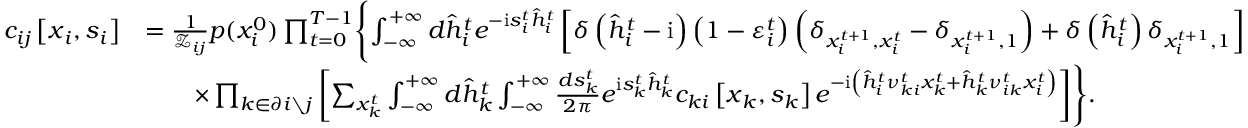
\begin{array} { r l } { c _ { i j } \left[ \boldsymbol { x } _ { i } , \boldsymbol { s } _ { i } \right] } & { = \frac { 1 } { \mathcal { Z } _ { i j } } p ( x _ { i } ^ { 0 } ) \prod _ { t = 0 } ^ { T - 1 } \Biggl \{ \int _ { - \infty } ^ { + \infty } d \hat { h } _ { i } ^ { t } e ^ { - \mathrm { i } s _ { i } ^ { t } \hat { h } _ { i } ^ { t } } \left[ \delta \left( \hat { h } _ { i } ^ { t } - \mathrm { i } \right) \left( 1 - \varepsilon _ { i } ^ { t } \right) \left( \delta _ { x _ { i } ^ { t + 1 } , x _ { i } ^ { t } } - \delta _ { x _ { i } ^ { t + 1 } , 1 } \right) + \delta \left( \hat { h } _ { i } ^ { t } \right) \delta _ { x _ { i } ^ { t + 1 } , 1 } \right] } \\ & { \qquad \times \prod _ { k \in \partial i \setminus j } \left[ \sum _ { x _ { k } ^ { t } } \int _ { - \infty } ^ { + \infty } d \hat { h } _ { k } ^ { t } \int _ { - \infty } ^ { + \infty } \frac { d s _ { k } ^ { t } } { 2 \pi } e ^ { \mathrm { i } s _ { k } ^ { t } \hat { h } _ { k } ^ { t } } c _ { k i } \left[ \boldsymbol { x } _ { k } , \boldsymbol { s } _ { k } \right] e ^ { - \mathrm { i } \left( \hat { h } _ { i } ^ { t } \nu _ { k i } ^ { t } x _ { k } ^ { t } + \hat { h } _ { k } ^ { t } \nu _ { i k } ^ { t } x _ { i } ^ { t } \right) } \right] \Biggr \} . } \end{array}